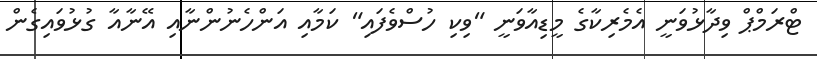
ޓްރަމްޕް ވިދާޅުވަނީ އެމެރިކާގެ މީޑިއާވަނީ "ވިކި ހުސްވެފައި" ކަމާއި އަންހެނުންނާއި އޭނާއާ ގުޅުވައިގެން